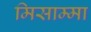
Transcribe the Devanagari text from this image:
मिसाम्मा